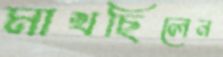
মাখছিলেন